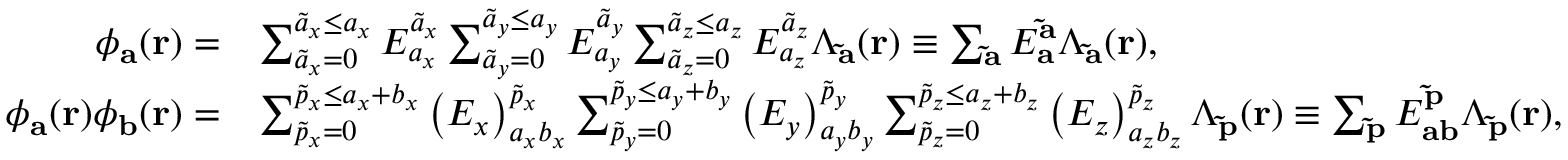
\begin{array} { r l } { \phi _ { \mathbf { a } } ( { \bf r } ) = } & { \sum _ { \tilde { a } _ { x } = 0 } ^ { \tilde { a } _ { x } \leq a _ { x } } E _ { a _ { x } } ^ { \tilde { a } _ { x } } \sum _ { \tilde { a } _ { y } = 0 } ^ { \tilde { a } _ { y } \leq a _ { y } } E _ { a _ { y } } ^ { \tilde { a } _ { y } } \sum _ { \tilde { a } _ { z } = 0 } ^ { \tilde { a } _ { z } \leq a _ { z } } E _ { a _ { z } } ^ { \tilde { a } _ { z } } \Lambda _ { \mathbf { \tilde { a } } } ( \mathbf { r } ) \equiv \sum _ { \mathbf { \tilde { a } } } E _ { \mathbf { a } } ^ { \mathbf { \tilde { a } } } \Lambda _ { \mathbf { \tilde { a } } } ( \mathbf { r } ) , } \\ { \phi _ { \mathbf { a } } ( { \bf r } ) \phi _ { \mathbf { b } } ( { \bf r } ) = } & { \sum _ { \tilde { p } _ { x } = 0 } ^ { \tilde { p } _ { x } \leq a _ { x } + b _ { x } } \left( E _ { x } \right) _ { a _ { x } b _ { x } } ^ { \tilde { p } _ { x } } \sum _ { \tilde { p } _ { y } = 0 } ^ { \tilde { p } _ { y } \leq a _ { y } + b _ { y } } \left( E _ { y } \right) _ { a _ { y } b _ { y } } ^ { \tilde { p } _ { y } } \sum _ { \tilde { p } _ { z } = 0 } ^ { \tilde { p } _ { z } \leq a _ { z } + b _ { z } } \left( E _ { z } \right) _ { a _ { z } b _ { z } } ^ { \tilde { p } _ { z } } \Lambda _ { \mathbf { \tilde { p } } } ( \mathbf { r } ) \equiv \sum _ { \mathbf { \tilde { p } } } E _ { \mathbf { a } \mathbf { b } } ^ { \mathbf { \tilde { p } } } \Lambda _ { \mathbf { \tilde { p } } } ( \mathbf { r } ) , } \end{array}